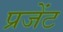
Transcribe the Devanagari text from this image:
प्रजेंट